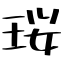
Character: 珱